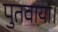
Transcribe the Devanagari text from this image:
पुतवाया।